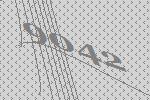
9042